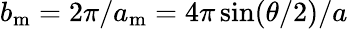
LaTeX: b_{\mathrm{m}}=2\pi/a_{\mathrm{m}}=4\pi\sin(\theta/2)/a